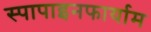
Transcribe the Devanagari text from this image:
स्पापाइनफार्याम